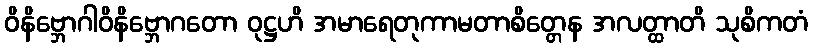
ဝိနိဗ္ဘောဂါဝိနိဗ္ဘောဂတော ဝုဋ္ဌဟိ အမာရေတုကာမတာစိတ္တေန အလတ္ထာတိ သုစိကတံ